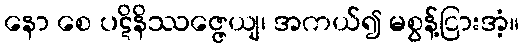
နော စေ ပဋိနိဿဇ္ဇေယျ၊ အကယ်၍ မစွန့်ငြားအံ့။